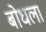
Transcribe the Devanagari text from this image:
बोधला